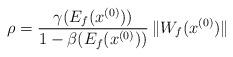
LaTeX: \begin{align*} \rho = \frac{\gamma(E_f(x^{(0)}))}{1 - \beta(E_f(x^{(0)}))} \, \| W_f(x^{(0)})\|\end{align*}